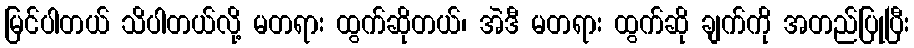
မြင်ပါတယ် သိပါတယ်လို့ မတရား ထွက်ဆိုတယ်၊ အဲဒီ မတရား ထွက်ဆို ချက်ကို အတည်ပြုပြီး